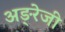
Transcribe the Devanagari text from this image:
अङ्रेजी